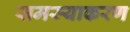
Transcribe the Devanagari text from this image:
समस्याकरण